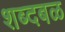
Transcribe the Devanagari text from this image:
शब्दबळ